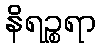
နိရဉ္စရာ